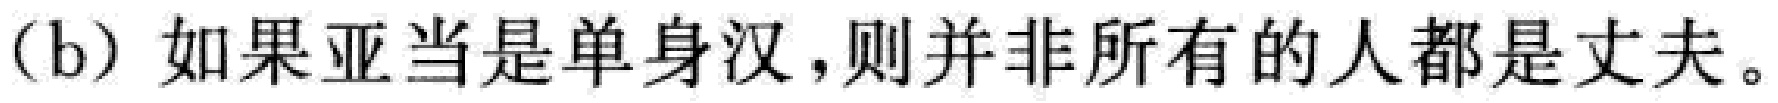
(b) 如果亚当是单身汉,则并非所有的人都是丈夫。